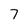
Character: 7